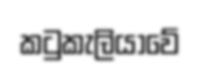
කටුකැලියාවේ